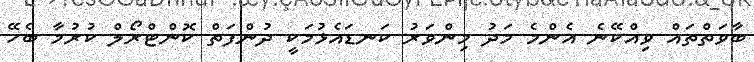
ބާވަތްތައް ވިއްކޭނެ އެންމެ މަދު މިންވަރު ކަނޑައެޅުމަކީ ދުންފަތް ކޮންޓްރޯލް ކުރުމާ ބެހޭ